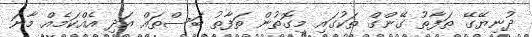
ދުނިޔޭގޭ ތަފާތު ގޭންގް ތަކުގައި މިގޮތުން ތަފާތު ބަސްތައް އަދި އެއްކަމެއް މާނަ